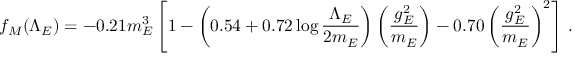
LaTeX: f _ { M } ( \Lambda _ { E } ) = - 0 . 2 1 m _ { E } ^ { 3 } \left[ 1 - \left( 0 . 5 4 + 0 . 7 2 \log { \frac { \Lambda _ { E } } { 2 m _ { E } } } \right) \left( { \frac { g _ { E } ^ { 2 } } { m _ { E } } } \right) - 0 . 7 0 \left( { \frac { g _ { E } ^ { 2 } } { m _ { E } } } \right) ^ { 2 } \right] \, .